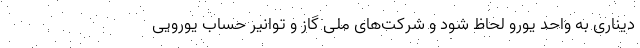
دیناری به واحد یورو لحاظ شود و شرکت‌های ملی گاز و توانیر حساب یورویی